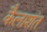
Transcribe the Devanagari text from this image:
कैलाशंत